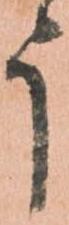
う